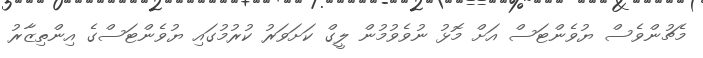
މެޗުންވެސް ޔުވެންޓަސް އަށް މޮޅު ނުވެވުމުން ލީގް ކަށަވަރު ކުރުމުގައި ޔުވެންޓަސްގެ އިންތިޒާރު